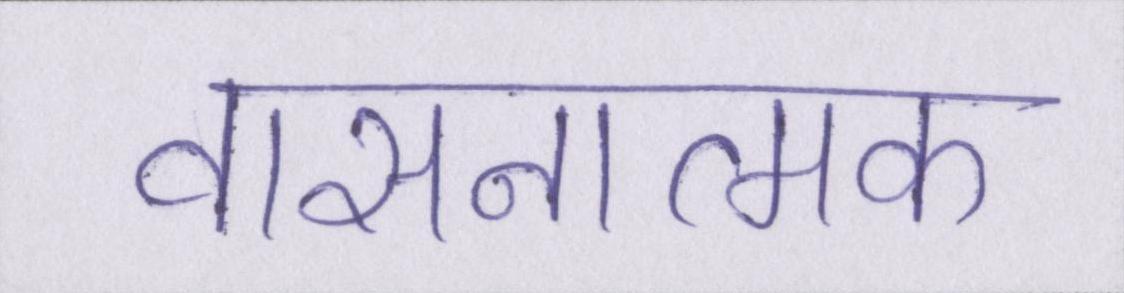
वासनात्मक